Indian journal of veterinary science and animal husbandry - Volume 8,
Year: 1938
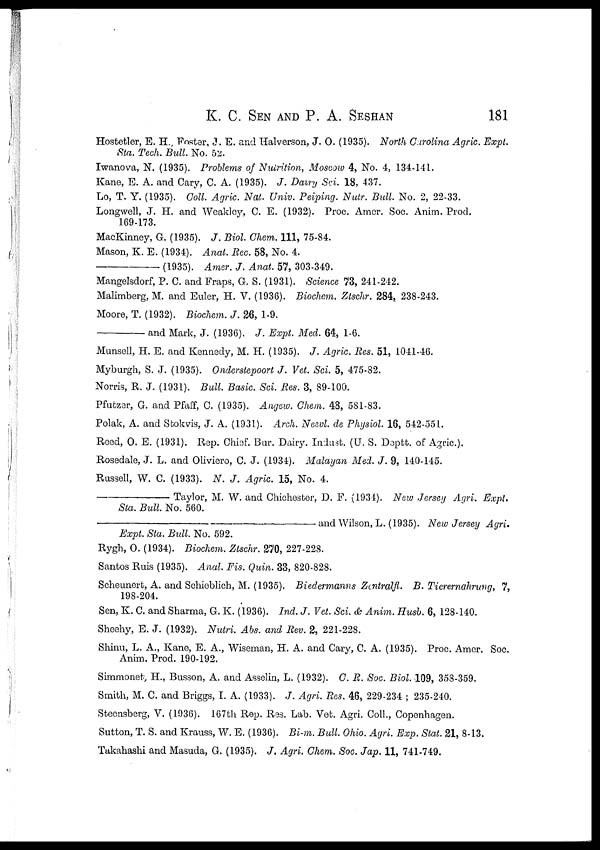
K. C. SEN AND P. A.
SESHAN
181
Hostetler, E. H., Foster, J. E. and Halverson, J. O. (1935). North Carolina Agric. Expt.
Sta. Tech. Bull. No. 52.
Iwanova, N. (1935). Problems of Nutrition, Moscow 4, No. 4, 134-141.
Kane, E. A. and Cary, C. A. (1935). J. Dairy Sci. 18, 437.
Lo, T. Y. (1935). Coll. Agric. Nat. Univ. Peiping. Nutr. Bull. No. 2, 22-33.
Longwell, J. H. and Weakley, C. E. (1932). Proc. Amer. Soc. Anim. Prod.
169-173.
MacKinney, G. (1935). J. Biol. Chem. 111, 75-84.
Mason, K. E. (1934). Anat. Rec. 58, No. 4.
—(1935).
Amer. J. Anat. 57, 303-349.
Mangelsdorf, P. C. and Fraps, G. S. (1931). Science 73, 241-242.
Malimberg, M. and Euler, H. V. (1936). Biochem. Ztschr. 284, 238-243.
Moore, T. (1932). Biochem. J. 26, 1-9.
—and
Mark, J. (1936). J. Expt. Med. 64, 1-6.
Munsell, H. E. and Kennedy, M. H. (1935). J. Agric. Res. 51, 1041-46.
Myburgh, S. J. (1935). Onderstepoort J. Vet. Sci. 5, 475-82.
Norris, R. J. (1931). Bull. Basic. Sci. Res. 3, 89-100.
Pfutzer, G. and Pfaff, C. (1935). Angew. Chem. 48, 581-83.
Polak, A. and Stokvis, J. A. (1931). Arch. Neevl. de Physiol. 16, 542-551.
Reed, O. E. (1931). Rep. Chief. Bur. Dairy. Indust. (U. S. Deptt. of Agric.).
Rosedale, J. L. and Oliviero, C. J. (1934). Malayan Med. J. 9, 140-145.
Russell, W. C. (1933). N. J. Agric. 15, No. 4.
—Taylor,
M. W. and Chichester, D. F. (1934). New Jersey Agri. Expt.
Sta. Bull. No. 560.
—and
Wilson, L. (1935). New Jersey Agri.
Expt. Sta. Bull. No. 592.
Rygh, O. (1934). Biochem. Ztschr. 270, 227-228.
Santos Ruis (1935). Anal. Fis. Quin. 33, 820-828.
Scheunert, A. and Schieblich, M. (1935). Biedermanns Zentralfl. B. Tierernahrung, 7,
198-204.
Sen, K. C. and Sharma, G. K. (1936). Ind. J. Vet. Sci. & Anim. Husb. 6, 128-140.
Sheehy, E. J. (1932). Nutri. Abs. and Rev. 2, 221-228.
Shinu, L. A., Kane, E. A., Wiseman, H. A. and Cary, C. A. (1935). Proc. Amer. Soc.
Anim. Prod. 190-192.
Simmonet, H., Busson, A. and Asselin, L. (1932). C. R. Soc. Biol. 109, 358-359.
Smith, M. C. and Briggs, I. A. (1933). J. Agri. Res. 46, 229-234 ; 235-240.
Steensberg, V. (1936). 167th Rep. Res. Lab. Vet. Agri. Coll., Copenhagen.
Sutton, T. S. and Krauss, W. E. (1936). Bi-m. Bull. Ohio. Agri. Exp. Stat. 21, 8-13.
Takahashi and Masuda, G. (1935). J. Agri. Chem. Soc. Jap. 11, 741-749.